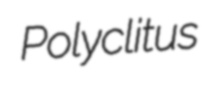
Polyclitus